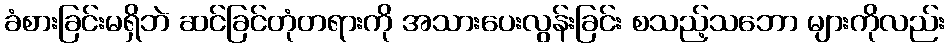
ခံစားခြင်းမရှိဘဲ ဆင်ခြင်တုံတရားကို အသားပေးလွန်းခြင်း စသည့်သဘော များကိုလည်း